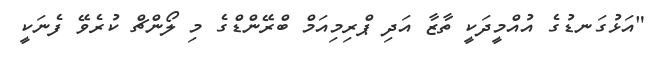
"އަޅުގަނޑުގެ އުއްމީދަކީ ތާޒާ އަދި ޕްރިމިއަމް ބްރޭންޑްގެ މި ލޯންޗް ކުރެވޭ ފެނަކީ